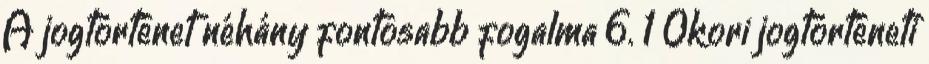
A jogtörténet néhány fontosabb fogalma 6. 1 Ókori jogtörténeti